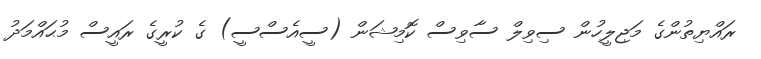
ރައްޔިތުންގެ މަޖިލީހުން ސިވިލް ސާވިސް ކޮމިޝަން (ސީއެސްސީ) ގެ ކުރީގެ ރައީސް މުޙައްމަދު